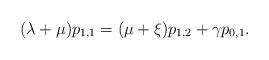
LaTeX: \begin{align*} (\lambda + \mu) p_{1,1} = (\mu + \xi) p_{1,2} + \gamma p_{0,1}.\end{align*}